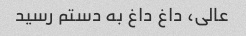
عالی، داغ داغ به دستم رسید